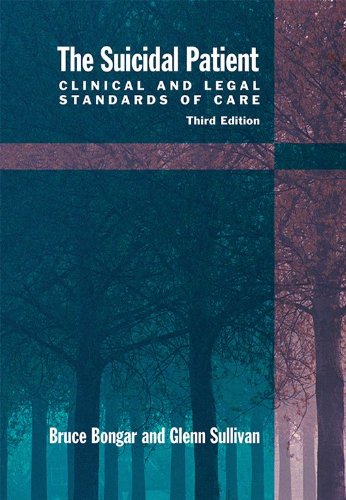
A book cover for The Suicidal Patient: Clinical and Legal Standards of Care; Bruce Bongar; Self-Help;